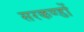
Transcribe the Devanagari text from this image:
सरकण्डों